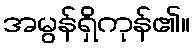
အမွန်ရှိကုန်၏။